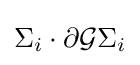
\Sigma _{i}\cdot \partial {\mathcal {G}}\Sigma _{i}